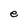
Character: e